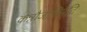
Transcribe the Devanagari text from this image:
कन्नौजाधिपति